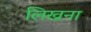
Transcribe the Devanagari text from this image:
लिख्नना